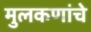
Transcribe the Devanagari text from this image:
मुलकणांचे